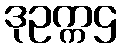
ဒုဥက္ကဌ